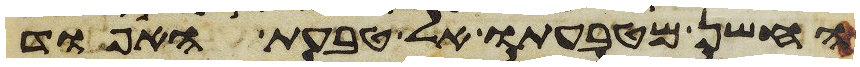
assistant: החשן מטבעתו אל טבעת האפוד